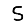
Digit: 5